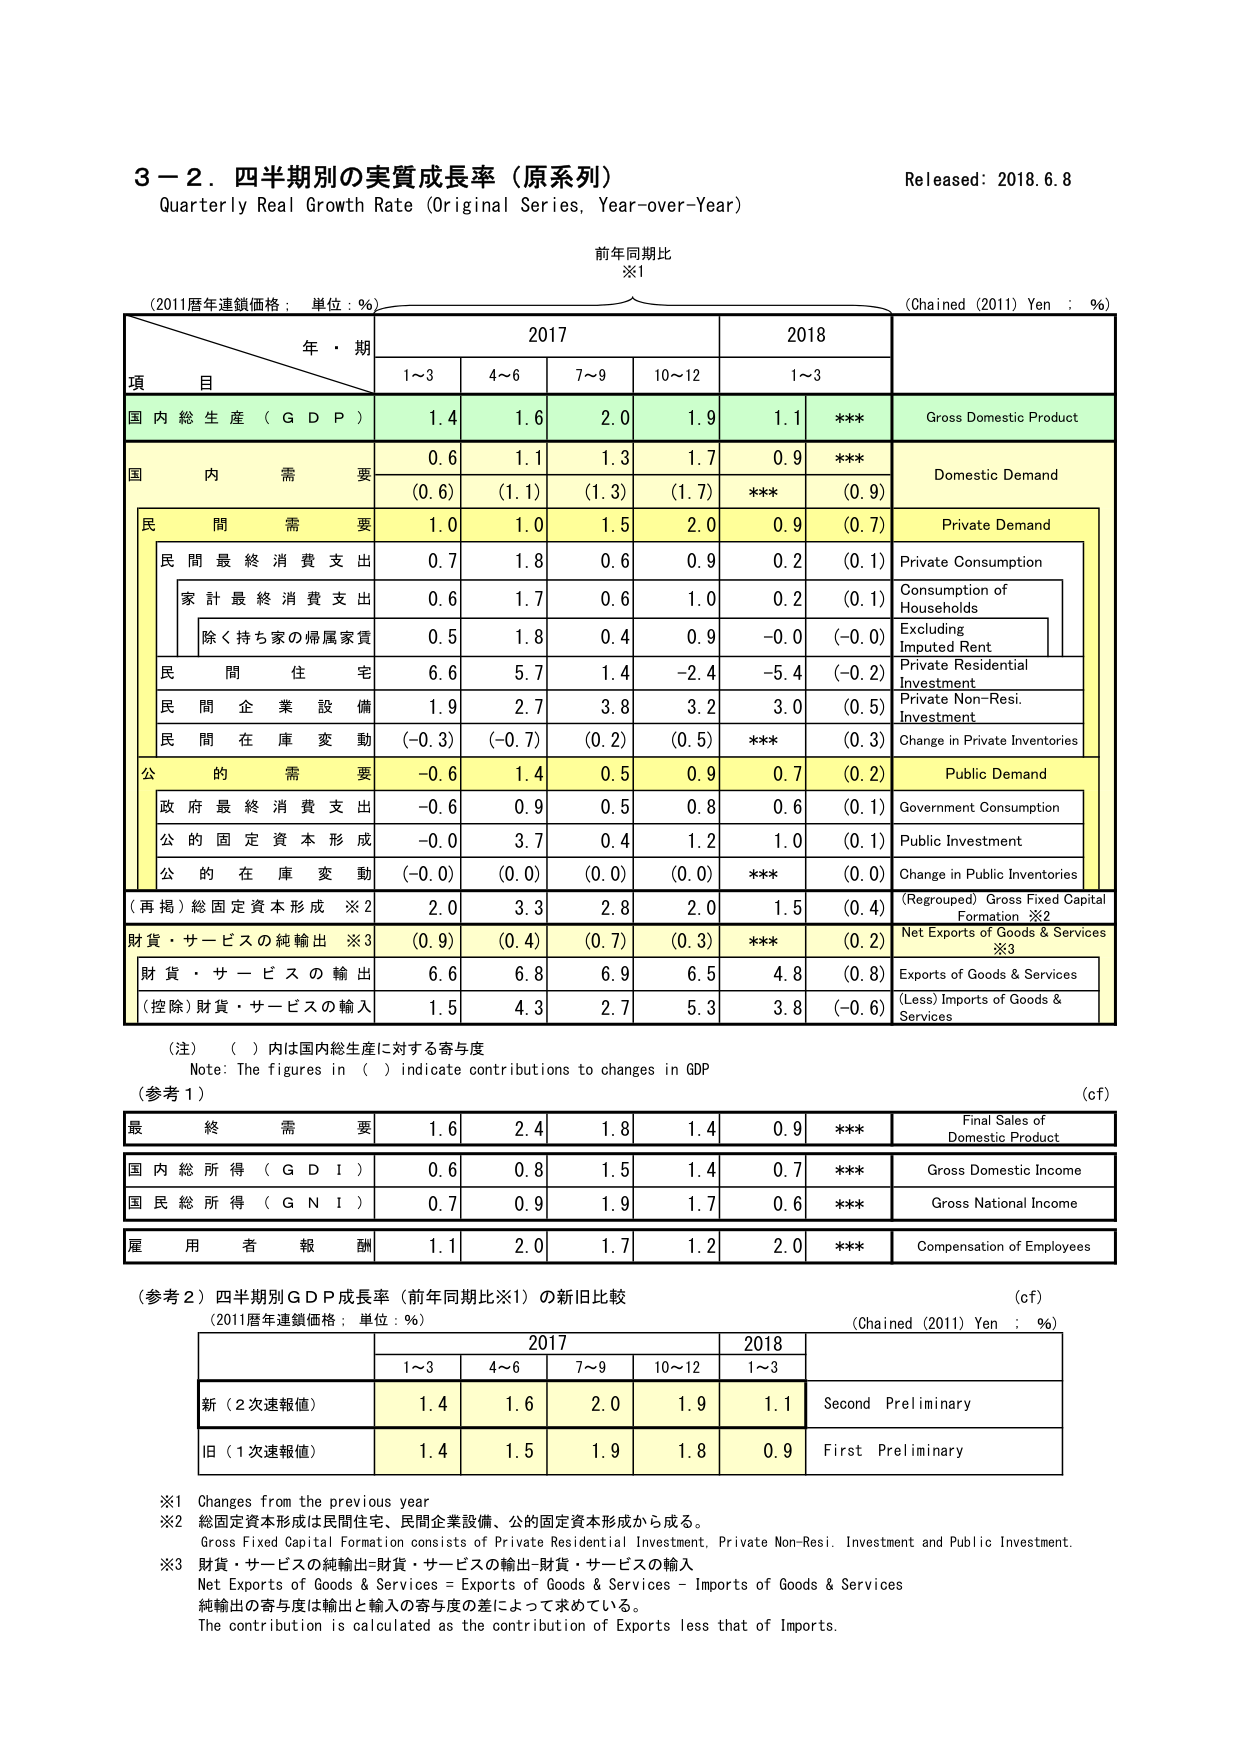
3－2．四半期別の実質成長率（原系列）
Quarterly Real Growth Rate (Original Series, Year-over-Year)
Released: 2018.6.8

前年同期比
※1

(2011暦年連鎖価格：単位：％)
(Chained (2011) Yen : %)

年・期
2017
2018
項 目
1～3
4～6
7～9
10～12
1～3

国内総生産（GDP）
1.4
1.6
2.0
1.9
1.1
***
Gross Domestic Product

国内需要
0.6
1.1
1.3
1.7
0.9
***
Domestic Demand
(0.6)
(1.1)
(1.3)
(1.7)
***
(0.9)

民間需要
1.0
1.0
1.5
2.0
0.9
(0.7)
Private Demand

民間最終消費支出
0.7
1.8
0.6
0.9
0.2
(0.1)
Private Consumption

家計最終消費支出
0.6
1.7
0.6
1.0
0.2
(0.1)
Consumption of Households

除く持ち家の帰属家賃
0.5
1.8
0.4
0.9
-0.0
(-0.0)
Excluding Imputed Rent

民間住宅
6.6
5.7
1.4
-2.4
-5.4
(-0.2)
Private Residential Investment

民間企業設備
1.9
2.7
3.8
3.2
3.0
(0.5)
Private Non-Resi. Investment

民間在庫変動
(-0.3)
(-0.7)
(0.2)
(0.5)
***
(0.3)
Change in Private Inventories

公的需要
-0.6
1.4
0.5
0.9
0.7
(0.2)
Public Demand

政府最終消費支出
-0.6
0.9
0.5
0.8
0.6
(0.1)
Government Consumption

公的固定資本形成
-0.0
3.7
0.4
1.2
1.0
(0.1)
Public Investment

公的在庫変動
(-0.0)
(0.0)
(0.0)
(0.0)
***
(0.0)
Change in Public Inventories

（再掲）総固定資本形成 ※2
2.0
3.3
2.8
2.0
1.5
(0.4)
(Regrouped) Gross Fixed Capital Formation ※2

財貨・サービスの純輸出 ※3
(0.9)
(0.4)
(0.7)
(0.3)
***
(0.2)
Net Exports of Goods & Services ※3

財貨・サービスの輸出
6.6
6.8
6.9
6.5
4.8
(0.8)
Exports of Goods & Services

（控除）財貨・サービスの輸入
1.5
4.3
2.7
5.3
3.8
(-0.6)
(Less) Imports of Goods & Services

（注）（ ）内は国内総生産に対する寄与度
Note: The figures in ( ) indicate contributions to changes in GDP

（参考1）
(c.f)

最終需要
1.6
2.4
1.8
1.4
0.9
***
Final Sales of Domestic Product

国内総所得（GDI）
0.6
0.8
1.5
1.4
0.7
***
Gross Domestic Income

国民総所得（GNI）
0.7
0.9
1.9
1.7
0.6
***
Gross National Income

雇用者報酬
1.1
2.0
1.7
1.2
2.0
***
Compensation of Employees

（参考2）四半期別GDP成長率（前年同期比※1）の新旧比較
(c.f)
(2011暦年連鎖価格：単位：％)
(Chained (2011) Yen : %)

2017
2018
1～3
4～6
7～9
10～12
1～3

新（2次速報値）
1.4
1.6
2.0
1.9
1.1
Second Preliminary

旧（1次速報値）
1.4
1.5
1.9
1.8
0.9
First Preliminary

※1 Changes from the previous year
※2 総固定資本形成は民間住宅、民間企業設備、公的固定資本形成から成る。
Gross Fixed Capital Formation consists of Private Residential Investment, Private Non-Resi. Investment and Public Investment.
※3 財貨・サービスの純輸出＝財貨・サービスの輸出－財貨・サービスの輸入
Net Exports of Goods & Services = Exports of Goods & Services – Imports of Goods & Services
純輸出の寄与度は輸出と輸入の寄与度の差によって求めている。
The contribution is calculated as the contribution of Exports less that of Imports.